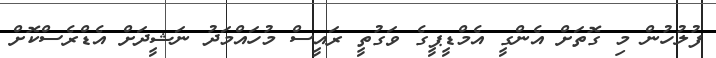
ފުލުހުން މި ގޮތަށް އެންގީ އެމްޑީޕީގެ ވަގުތީ ރައީސް މުހައްމަދު ނަޝީދަށް އެޑްރެސްކޮށް